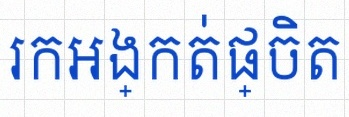
រកអង្កត់ផ្ចិត